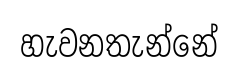
හැවනතැන්නේ